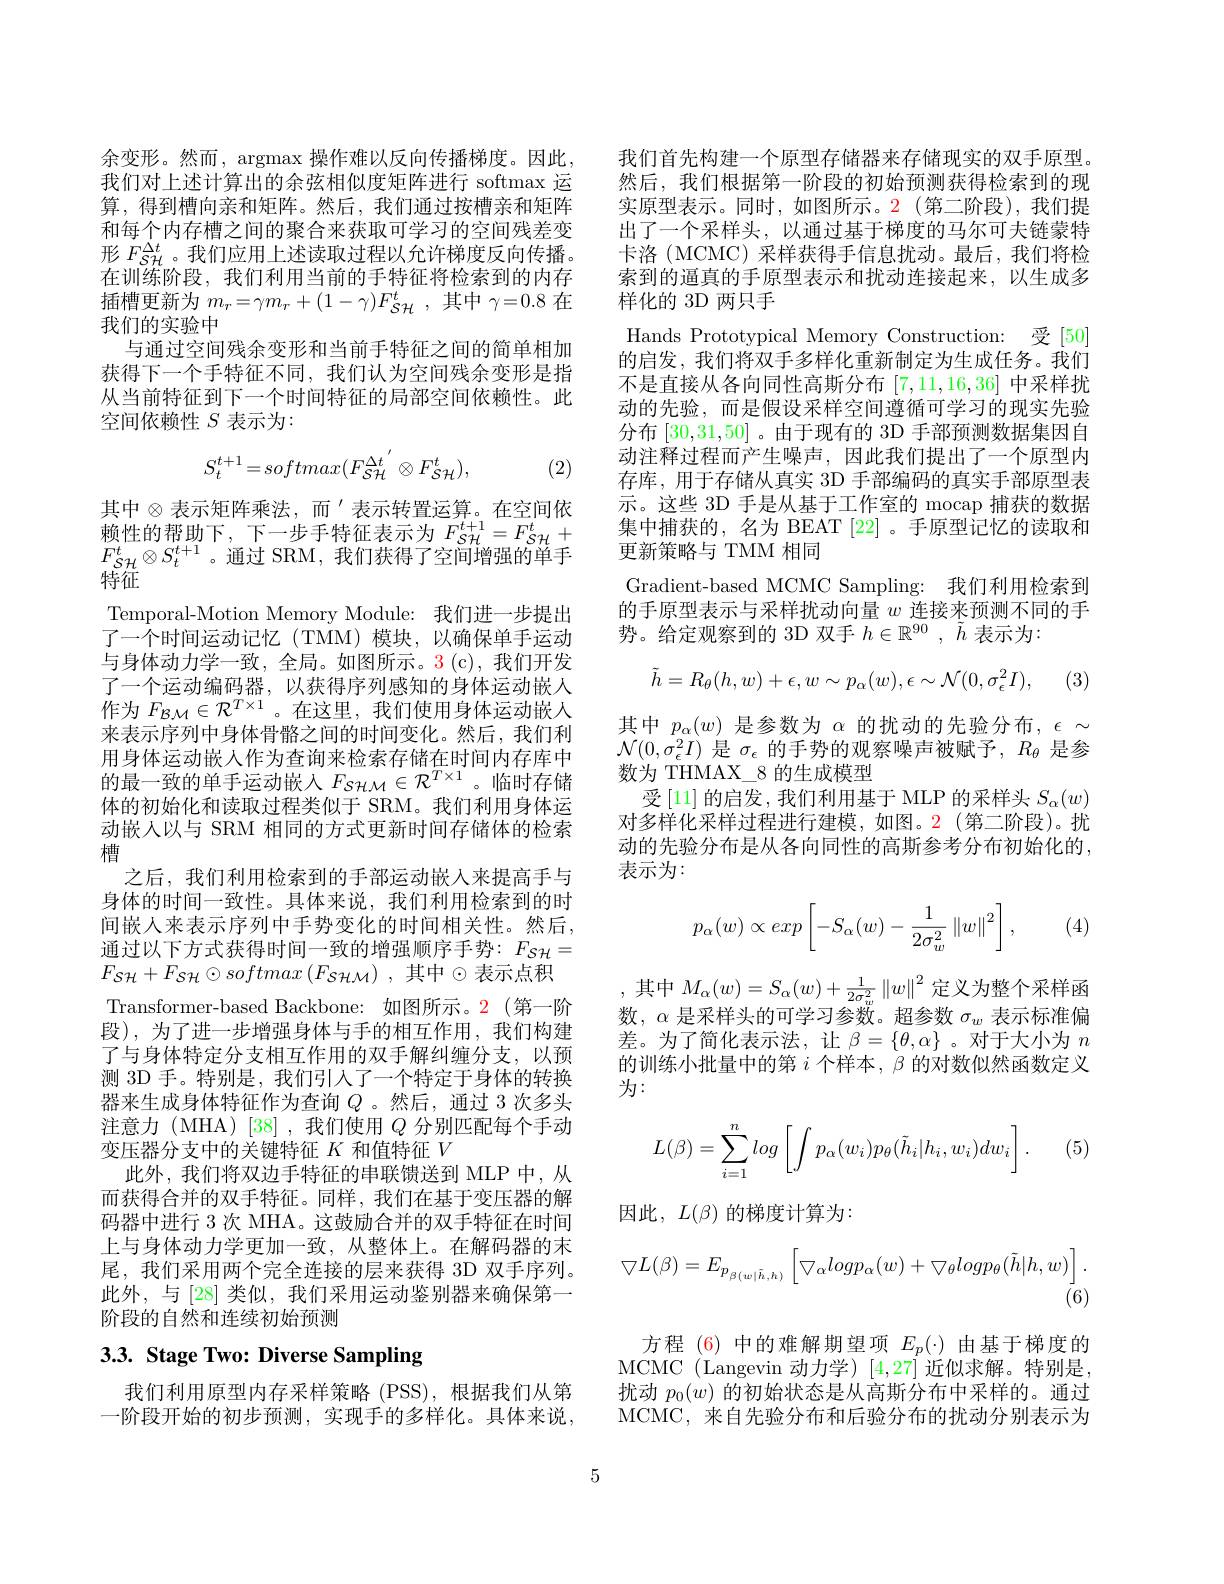
余变形。然而，argmax 操作难以反向传播梯度。因此， 我们对上述计算出的余弦相似度矩阵进行 softmax 运算，得到槽向亲和矩阵。然后，我们通过按槽亲和矩阵和每个内存槽之间的聚合来获取可学习的空间残差变形$F_{S\mathcal{H}}^{\Delta t}$。我们应用上述读取过程以允许梯度反向传播。在训练阶段，我们利用当前的手特征将检索到的内存插槽更新为$m_r=\gamma m_{r}+(1-\gamma)F_{\mathcal{SH}}^{t}$,其中$\gamma=0.8$在我们的实验中
与通过空间残余变形和当前手特征之间的简单相加获得下一个手特征不同，我们认为空间残余变形是指从当前特征到下一个时间特征的局部空间依赖性。此空间依赖性$S$表示为：
$$S_{t}^{t+1}=softmax(F_{\mathcal{SH}}^{\Delta t}^{'}\otimes F_{\mathcal{SH}}^{t}),$$
(2)

其中$\otimes$表示矩阵乘法，而$^\prime$表示转置运算。在空间依赖性的帮助下，下一步手特征表示为$F_{S\mathcal{H}}^{t+1}=F_{S\mathcal{H}}^t+$ $F_{\mathcal{SH}}^t\otimes S_t^{t+1}$。通过 SRM,我们获得了空间增强的单手特征
Temporal-Motion Memory Module: 我们进一步提出了一个时间运动记忆(TMM)模块，以确保单手运动与身体动力学一致，全局。如图所示。3(c),我们开发了一个运动编码器，以获得序列感知的身体运动嵌人作为$F_{\mathcal{B}\mathcal{M}}\in\mathcal{R}^{T\times1}$。在这里，我们使用身体运动嵌入来表示序列中身体骨骼之间的时间变化。然后，我们利用身体运动嵌人作为查询来检索存储在时间内存库中的最一致的单手运动嵌入$F_{S\mathcal{H}\mathcal{M}}\in\mathcal{R}^{T\times1}$。临时存储体的初始化和读取过程类似于 SRM。我们利用身体运动嵌人以与 SRM 相同的方式更新时间存储体的检索槽
之后，我们利用检索到的手部运动嵌入来提高手与身体的时间一致性。具体来说，我们利用检索到的时间嵌人来表示序列中手势变化的时间相关性。然后， 通过以下方式获得时间一致的增强顺序手势：$F_{S\mathcal{H}}=$ $F_{\mathcal{SH}}+F_{\mathcal{SH}}\odot softmax\left(F_{\mathcal{SHM}}\right)$,其中$\odot$表示点积Transformer-based Backbone: 如图所示。2(第一阶段),为了进一步增强身体与手的相互作用，我们构建了与身体特定分支相互作用的双手解纠缠分支，以预测 3D 手。特别是，我们引人了一个特定于身体的转换器来生成身体特征作为查询$Q$ 。然后，通过 3 次多头注意力(MHA)[38],我们使用$Q$分别匹配每个手动变压器分支中的关键特征$K$和值特征$V$
此外，我们将双边手特征的串联馈送到 MLP 中，从而获得合并的双手特征。同样，我们在基于变压器的解码器中进行 3 次 MHA。这鼓励合并的双手特征在时间上与身体动力学更加一致，从整体上。在解码器的末尾，我们采用两个完全连接的层来获得 3D 双手序列。此外，与[28]类似，我们采用运动鉴别器来确保第一阶段的自然和连续初始预测

# 3.3. Stage Two: Diverse Sampling

我们利用原型内存采样策略(PSS),根据我们从第一阶段开始的初步预测，实现手的多样化。具体来说，

我们首先构建一个原型存储器来存储现实的双手原型然后，我们根据第一阶段的初始预测获得检索到的现实原型表示。同时，如图所示。2(第二阶段),我们提出了一个采样头，以通过基于梯度的马尔可夫链蒙特卡洛 (MCMC) 采样获得手信息扰动。最后，我们将检索到的逼真的手原型表示和扰动连接起来，以生成多样化的 3D 两只手
Hands Prototypical Memory Construction: 受 [50] 的启发，我们将双手多样化重新制定为生成任务。我们不是直接从各向同性高斯分布[7,11,16,36]中采样扰动的先验，而是假设采样空间遵循可学习的现实先验分布[30,31,50] 。由于现有的 3D 手部预测数据集因自动注释过程而产生噪声，因此我们提出了一个原型内存库，用于存储从真实 3D 手部编码的真实手部原型表示。这些 3D 手是从基于工作室的 mocap 捕获的数据集中捕获的，名为 BEAT [22] 。手原型记忆的读取和更新策略与 TMM 相同
Gradient-based MCMC Sampling: 我们利用检索到的手原型表示与采样扰动向量$w$连接来预测不同的手势。给定观察到的 3D 双手$h\in\mathbb{R}^90,\tilde{h}$表示为：
$$\tilde{h}=R_\theta(h,w)+\epsilon,w\sim p_\alpha(w),\epsilon\sim\mathcal{N}(0,\sigma_\epsilon^2I),$$
其中$p_\alpha(w)$是参数为$\alpha$的扰动的先验分布$,\epsilon\sim$ $\mathcal{N}(0,\sigma_\epsilon^2I)$是$\sigma_\epsilon$的手势的观察噪声被赋予$,R_\theta$是参数为 THMAX\_8 的生成模型
受[11] 的启发，我们利用基于 MLP 的采样头 $S_\alpha(w)$ 对多样化采样过程进行建模，如图。2(第二阶段)。扰动的先验分布是从各向同性的高斯参考分布初始化的， 表示为：

(4)
$$p_\alpha(w)\propto exp\left[-S_\alpha(w)-\frac{1}{2\sigma_w^2}\left\|w\right\|^2\right],$$
$$M_\alpha(w)=S_\alpha(w)+\frac{1}{2\sigma_w^2}\left\|w\right\|^2$$
数，$\alpha$是采样头的可学习参数。超参数$\sigma_w$表示标准偏差。为了简化表示法，让$\beta=\{\theta,\alpha\}$ 。对于大小为$n$ 的训练小批量中的第$i$个样本，$\beta$的对数似然函数定义为：
$$L(\beta)=\sum_{i=1}^nlog\left[\int p_\alpha(w_i)p_\theta(\tilde{h}_i|h_i,w_i)dw_i\right].$$
(5.

因此，$L(\beta)$的梯度计算为200年1月19日
$$\bigtriangledown L(\beta)=E_{p_{\beta(w|\tilde{h},h)}}\left[\bigtriangledown_{\alpha}logp_{\alpha}(w)+\bigtriangledown_{\theta}logp_{\theta}(\tilde{h}|h,w)\right].$$
(6)

方程 (6) 中的难解期望项$E_p(\cdot)$由基于梯度的MCMC(Langevin 动力学)[4,27]近似求解。特别是， 扰动$p_0(w)$的初始状态是从高斯分布中采样的。通过MCMC, 来自先验分布和后验分布的扰动分别表示为

5